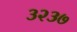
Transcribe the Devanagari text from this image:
३२३७